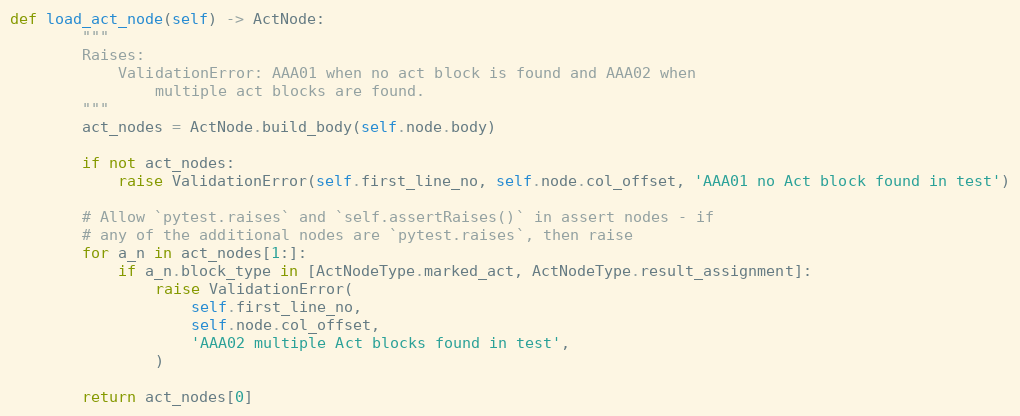
Language: Python
def load_act_node(self) -> ActNode:
        """
        Raises:
            ValidationError: AAA01 when no act block is found and AAA02 when
                multiple act blocks are found.
        """
        act_nodes = ActNode.build_body(self.node.body)

        if not act_nodes:
            raise ValidationError(self.first_line_no, self.node.col_offset, 'AAA01 no Act block found in test')

        # Allow `pytest.raises` and `self.assertRaises()` in assert nodes - if
        # any of the additional nodes are `pytest.raises`, then raise
        for a_n in act_nodes[1:]:
            if a_n.block_type in [ActNodeType.marked_act, ActNodeType.result_assignment]:
                raise ValidationError(
                    self.first_line_no,
                    self.node.col_offset,
                    'AAA02 multiple Act blocks found in test',
                )

        return act_nodes[0]